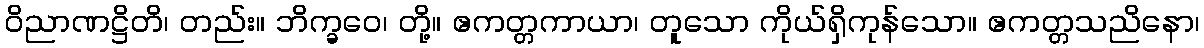
ဝိညာဏဋ္ဌိတိ၊ တည်း။ ဘိက္ခဝေ၊ တို့။ ဧကတ္တကာယာ၊ တူသော ကိုယ်ရှိကုန်သော။ ဧကတ္တသညိနော၊